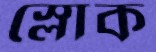
স্লোক